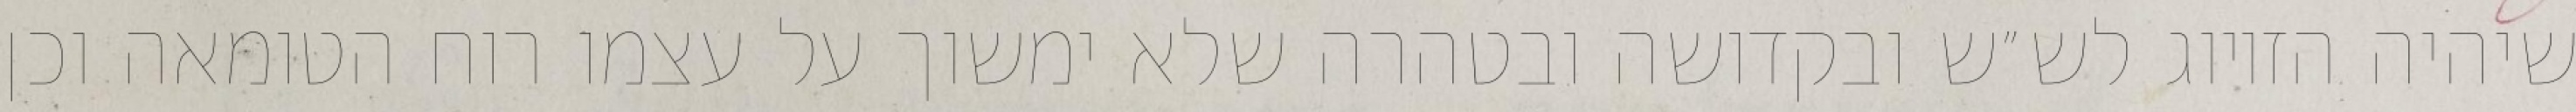
שיהיה הזיווג לש״ש ובקדושה ובטהרה שלא ימשוך על עצמו רוח הטומאה וכן